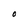
Character: O